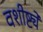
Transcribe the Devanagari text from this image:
वशीष्ट्ये